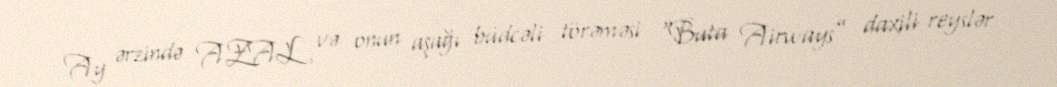
Ay ərzində AZAL və onun aşağı büdcəli törəməsi “Buta Airways” daxili reyslər